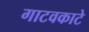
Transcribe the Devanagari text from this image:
गाटवकाटे